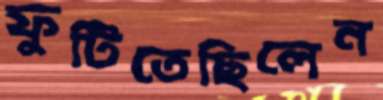
ফুটিতেছিলেন